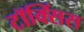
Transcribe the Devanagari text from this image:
टॉक्सिंस